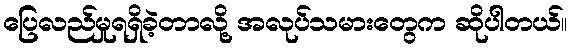
ပြေလည်မှုရရှိခဲ့တာလို့ အလုပ်သမားတွေက ဆိုပါတယ်။